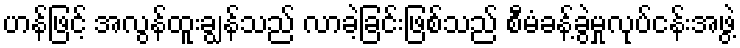
ဟန်ဖြင့် အလွန်ထူးချွန်သည် လာခဲ့ခြင်းဖြစ်သည် စီမံခန့်ခွဲမှုလုပ်ငန်းအဖွဲ့